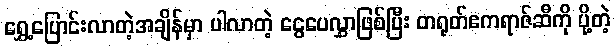
ရွှေ့ပြောင်းလာတဲ့အချိန်မှာ ပါလာတဲ့ ငွေပေလွှာဖြစ်ပြီး တရုတ်ဧကရာဇ်ဆီကို ပို့တဲ့